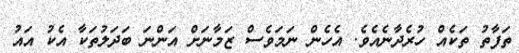
ތަފާތު ތަކެއް ހުރެދާނެއެވެ. އެހެން ނަމަވެސް ޒަމާނަށް އަންނަ ބަދަލުތަކާ އެކު އައު